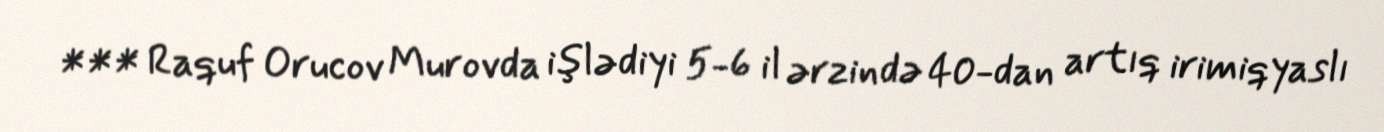
*** Raquf Orucov Murovda işlədiyi 5-6 il ərzində 40-dan artıq irimiqyaslı